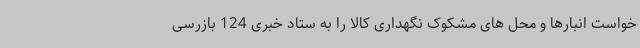
خواست انبارها و محل های مشکوک نگهداری کالا را به ستاد خبری 124 بازرسی